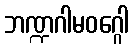
ဘဏ္ဍဂါမဝဂ္ဂေါ